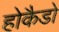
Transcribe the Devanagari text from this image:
होकैडो